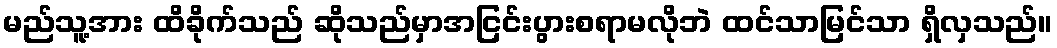
မည်သူ့အား ထိခိုက်သည် ဆိုသည်မှာအငြင်းပွားစရာမလိုဘဲ ထင်သာမြင်သာ ရှိလှသည်။